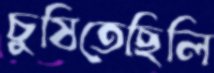
চুষিতেছিলি